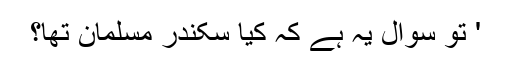
' تو سوال یہ ہے کہ کیا سکندر مسلمان تھا؟